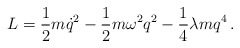
\begin{align*}L=\frac12 m\dot q^2 -\frac12 m\omega^2 q^2 -\frac14\lambda m q^4\,.\end{align*}